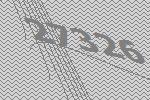
27326